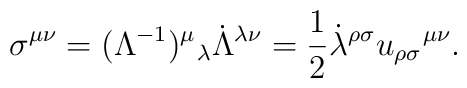
\sigma ^{\mu \nu}=(\Lambda ^{-1})^{\mu}\hspace{0.1 mm}_{\lambda }\dot{\Lambda }^{\lambda \nu}=\frac{1}{2}\dot{\lambda }^{\rho \sigma}u_{\rho \sigma }\hspace{0.1 mm}^{\mu \nu }.